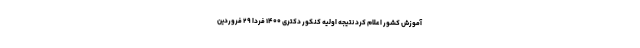
آموزش کشور اعلام کرد نتیجه اولیه کنکور دکتری ۱۴۰۰ فردا ۲۹ فروردین